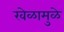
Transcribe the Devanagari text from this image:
खेळामुळे